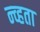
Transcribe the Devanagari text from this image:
न्व्हता